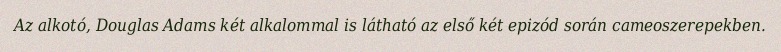
Az alkotó, Douglas Adams két alkalommal is látható az első két epizód során cameoszerepekben.